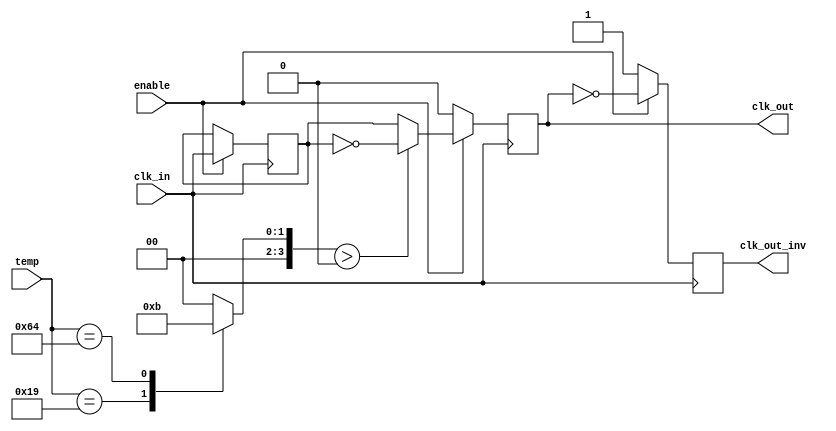
module Temp_Compensated_Clock_Buffer (
    input wire clk_in,        // Input clock
    input wire [7:0] temp,    // 8-bit temperature input (for simplicity)
    input wire enable,        // Enable signal for clock buffer
    output reg clk_out,       // Output clock
    output reg clk_out_inv    // Inverted output clock
);

    // Parameters for compensation (these would likely be adjusted based on calibration)
    reg [3:0] compensation_delay;
    reg [3:0] duty_cycle_adj;

    // Internal signal to hold the compensated clock
    reg clk_comp;

    // Temperature compensation logic
    always @(temp) begin
        case (temp)
            8'd0:  begin compensation_delay = 4'd0; duty_cycle_adj = 4'd0; end // 0C
            8'd25: begin compensation_delay = 4'd1; duty_cycle_adj = 4'd2; end // 25C
            8'd100: begin compensation_delay = 4'd2; duty_cycle_adj = 4'd3; end // 100C
            // Add more cases as needed
            default: begin compensation_delay = 4'd0; duty_cycle_adj = 4'd0; end
        endcase
    end

    // Clock Buffering with Compensation
    always @(posedge clk_in) begin
        if (enable) begin
            // Apply compensation delay, which can be modeled with a simple counter here
            clk_comp <= clk_in; // Clock signal is buffered
            // Adjust duty cycle (implementing a simplistic model)
            if (duty_cycle_adj > 0) begin
                clk_out <= clk_comp;
                #compensation_delay clk_out <= ~clk_comp; // Adjusting the output clock state
            end else begin
                clk_out <= clk_comp;
            end
            
            clk_out_inv <= ~clk_out; // Inverted output clock
        end
        else begin
            clk_out <= 1'b0;
            clk_out_inv <= 1'b1;
        end
    end

endmodule